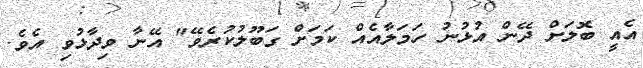
އެއީ ބޮލަށް ދޭން އުޅުނު ހަމަލާއެއް ކަމަށް ގަބޫލުކުރެވޭ" އޭނާ ވިދާޅުވި އެވެ.